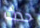
حدث